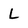
Character: L